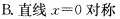
B.直线$$x=0$$对称